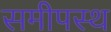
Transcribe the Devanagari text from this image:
समीपस्‍थ